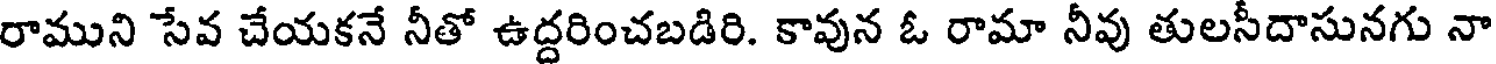
రాముని సేవ చేయకనే నీతో ఉద్దరించబడిరి. కావున ఓ రామా నీవు తులసీదాసునగు నా